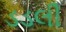
ડડલી